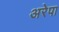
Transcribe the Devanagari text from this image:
अरेपा